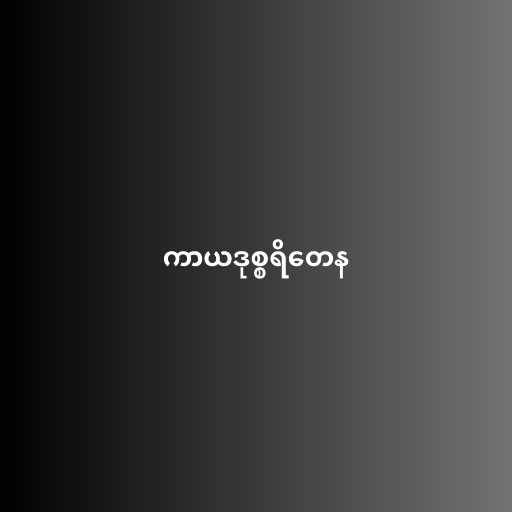
ကာယဒုစ္စရိတေန